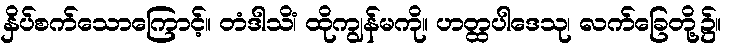
နှိပ်စက်သောကြောင့်။ တံဒါသိံ၊ ထိုကျွန်မကို။ ဟတ္ထပါဒေသု၊ လက်ခြေတို့၌။